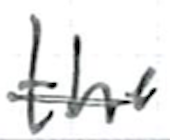
Text: the
Cross-out: single-line
Writing tool: ballpoint